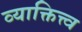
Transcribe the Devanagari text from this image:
व्याक्तित्त्व